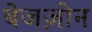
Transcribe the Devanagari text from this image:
बेजज़ीन